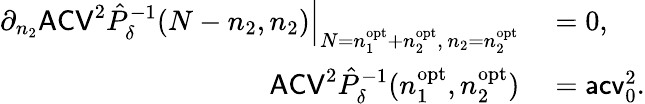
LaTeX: \begin{array}{rl}{\partial_{n_{2}}\mathsf{ACV}^{2}\hat{P}_{\delta}^{-1}(N-n_{2},n_{2})\Big|_{N=n_{1}^{\mathrm{opt}}+n_{2}^{\mathrm{opt}},\, n_{2}=n_{2}^{\mathrm{opt}}}}&{{}=0,}\\ {\mathsf{ACV}^{2}\hat{P}_{\delta}^{-1}(n_{1}^{\mathrm{opt}},n_{2}^{\mathrm{opt}})}&{{}=\mathsf{acv}_{0}^{2}.}\end{array}